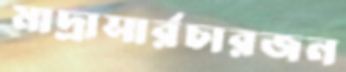
মাদ্রাসার্রচারজন